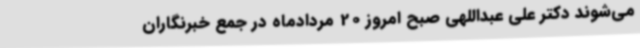
می‌شوند دکتر علی عبداللهی صبح امروز 20 مردادماه در جمع خبرنگاران